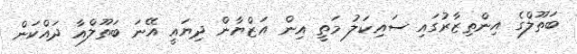
ބަތޫލްގެ އިންތިޒާރުގައި ސައިކަލު މަތީ އިން އަޒްޔާން ދިޔައީ އޭނަ ބަތޫލްއާ ދައްކަން